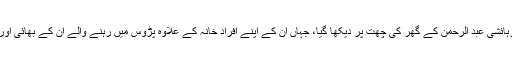
نماز تراویح کا مرد و زن کا مشترکہ اہتمام پشاور کے رہائشی عبد الرحمٰن کے گھر کی چھت پر دیکھا گیا، جہاں ان کے اپنے افراد خانہ کے علاوہ پڑوس میں رہنے والے ان کے بھائی اور ان کے اہل خانہ نے نماز تراویح کا اہتمام کر رکھا تھا۔